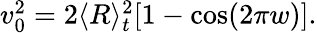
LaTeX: \begin{array}{r}{v_{0}^{2}=2\langle R\rangle_{t}^{2}[1-\cos(2\pi w)].}\end{array}